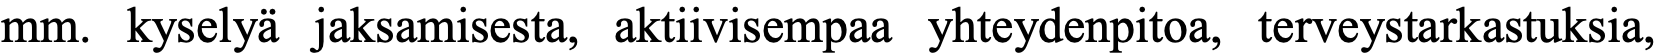
mm. kyselyä jaksamisesta, aktiivisempaa yhteydenpitoa, terveystarkastuksia,